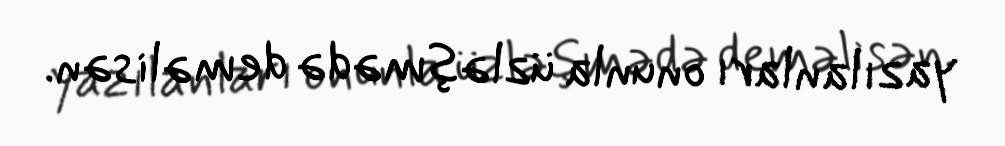
yazılanları onunla üzləşmədə deməlisən.